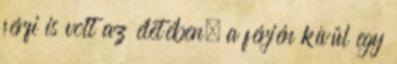
férfi is volt az életében, a férjén kívül egy